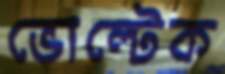
ভোল্টেক